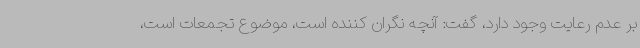
بر عدم رعایت وجود دارد، گفت: آنچه نگران کننده است، موضوع تجمعات است،